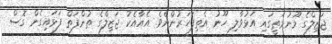
ޖަޒިލްގެ މޫނުމަތީގައި އަޅުވާލި ހޫނު އެތިފަހަރުންނެވެ. އެއާއެކު ޖަޒިލްގެ ތުންފަތް ފަޅައިގެން ގޮސް